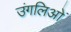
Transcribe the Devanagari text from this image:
उंगलिओं